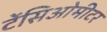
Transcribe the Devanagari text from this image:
टेंसिओमीटर